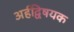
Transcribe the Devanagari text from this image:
अर्हद्विषयक